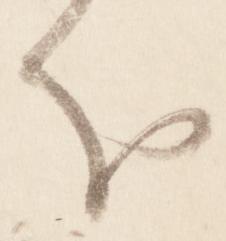
分